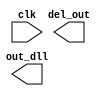
module delay_line(clk,del_out,out_dll);
  input clk;
  output [31:0] del_out;
  output out_dll;
endmodule
module mux(mux_in,mux_sel,mux_out);
  input [31:0] mux_in;
  input [4:0] mux_sel;
  output mux_out;
endmodule
module delay_gen(in_gen,ctrl_gen,out_gen);
  input in_gen;
  input [6:0] ctrl_gen;
  output out_gen;
endmodule
module ff(d,clk,q);
  input d;
  input clk;
  output q;
endmodule
module converter(clk,ext_sgn,k_sgn,out_sgn);
  input clk,ext_sgn;
  input [11:0] k_sgn;
  output out_sgn;
  wire out_dll, out_mux, out_gen,sgn;
  wire [4:0] mux_sel;
  wire [6:0] ctrl_gen;
  wire [31:0] del_out;
  assign k_sgn = {mux_sel,ctrl_gen};
  mux mux(.mux_in(del_out), .mux_sel(mux_sel), .mux_out(mux_out));
  delay_gen del_gen(.in_gen(out_dll), .ctrl_gen(ctrl_gen), .out_gen(out_gen));
  ff ff0(.d(ext_sgn), .clk(out_mux), .q(sgn));
  ff ff1(.d(sgn), .clk(out_gen), .q(out_sgn));
endmodule